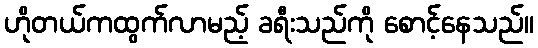
ဟိုတယ်ကထွက်လာမည့် ခရီးသည်ကို စောင့်နေသည်။